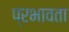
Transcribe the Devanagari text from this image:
प्रभावता